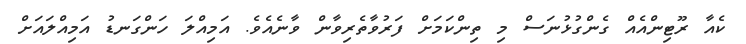
ކެއާ ރޫޓިންއެއް ގެންގުޅުނަސް މި ތިންކަމަށް ފަރުވާތެރިވާން ވާނެއެވެ. އަމިއްލަ ހަންގަނޑު އަމިއްލައަށް